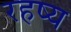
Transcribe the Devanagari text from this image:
रहष्य